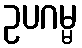
ဥပဂမ္မ